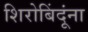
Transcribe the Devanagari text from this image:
शिरोबिंदूंना